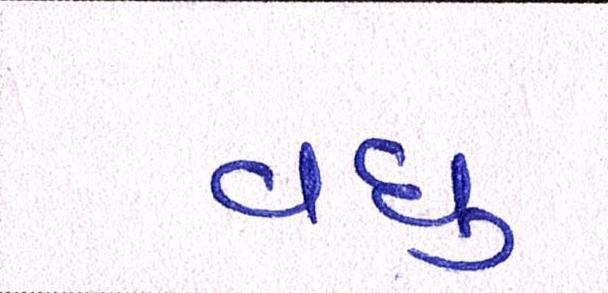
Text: વધુ